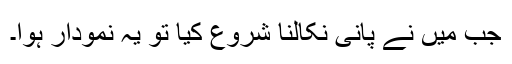
جب میں نے پانی نکالنا شروع کیا تو یہ نمودار ہوا۔